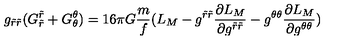
g _ { \tilde { r } \tilde { r } } ( G _ { \tilde { r } } ^ { \tilde { r } } + G _ { \theta } ^ { \theta } ) = 1 6 \pi G \frac { m } { f } ( L _ { M } - g ^ { \tilde { r } \tilde { r } } \frac { \partial L _ { M } } { \partial g ^ { \tilde { r } \tilde { r } } } - g ^ { \theta \theta } \frac { \partial L _ { M } } { \partial g ^ { \theta \theta } } )